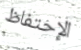
الإحتفاظ